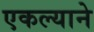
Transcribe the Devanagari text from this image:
एकल्याने